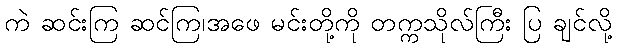
ကဲ ဆင်းကြ ဆင်ကြ၊အဖေ မင်းတို့ကို တက္ကသိုလ်ကြီး ပြ ချင်လို့